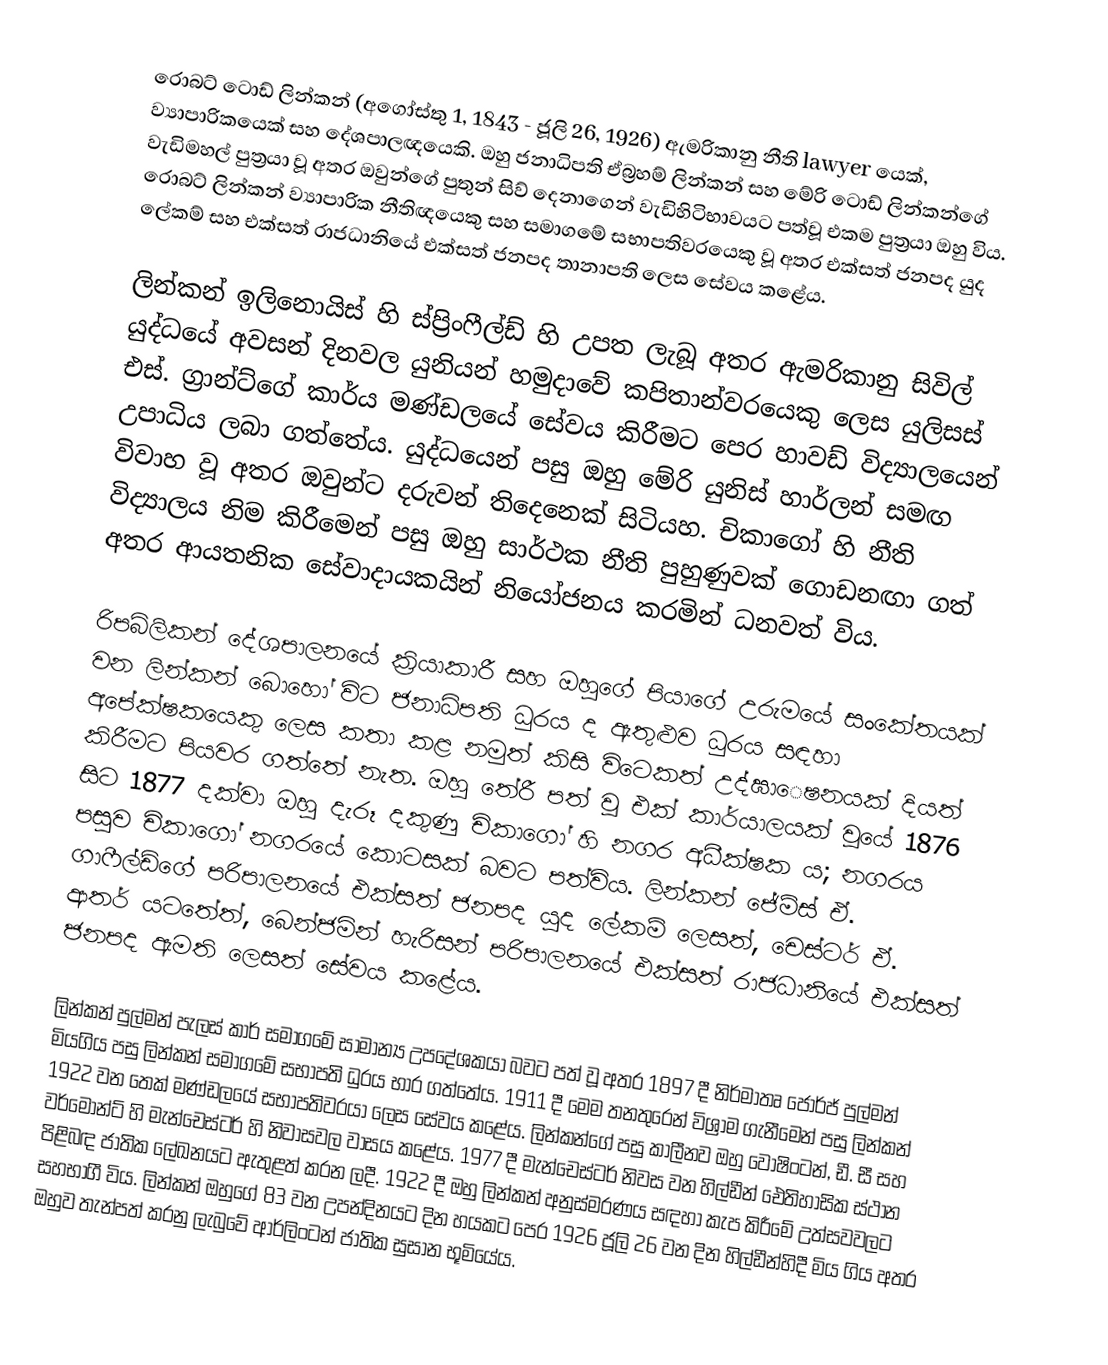
රොබට් ටොඩ් ලින්කන් (අගෝස්තු 1, 1843 - ජූලි 26, 1926) ඇමරිකානු නීති lawyer යෙක්, ව්‍යාපාරිකයෙක් සහ දේශපාලඥයෙකි. ඔහු ජනාධිපති ඒබ්‍රහම් ලින්කන් සහ මේරි ටොඩ් ලින්කන්ගේ වැඩිමහල් පුත්‍රයා වූ අතර ඔවුන්ගේ පුතුන් සිව් දෙනාගෙන් වැඩිහිටිභාවයට පත්වූ එකම පුත්‍රයා ඔහු විය. රොබට් ලින්කන් ව්‍යාපාරික නීතිඥයෙකු සහ සමාගමේ සභාපතිවරයෙකු වූ අතර එක්සත් ජනපද යුද ලේකම් සහ එක්සත් රාජධානියේ එක්සත් ජනපද තානාපති ලෙස සේවය කළේය.

ලින්කන් ඉලිනොයිස් හි ස්ප්‍රිංෆීල්ඩ් හි උපත ලැබූ අතර ඇමරිකානු සිවිල් යුද්ධයේ අවසන් දිනවල යුනියන් හමුදාවේ කපිතාන්වරයෙකු ලෙස යුලිසස් එස්. ග්‍රාන්ට්ගේ කාර්ය මණ්ඩලයේ සේවය කිරීමට පෙර හාවඩ් විද්‍යාලයෙන් උපාධිය ලබා ගත්තේය. යුද්ධයෙන් පසු ඔහු මේරි යුනිස් හාර්ලන් සමඟ විවාහ වූ අතර ඔවුන්ට දරුවන් තිදෙනෙක් සිටියහ. චිකාගෝ හි නීති විද්‍යාලය නිම කිරීමෙන් පසු ඔහු සාර්ථක නීති පුහුණුවක් ගොඩනඟා ගත් අතර ආයතනික සේවාදායකයින් නියෝජනය කරමින් ධනවත් විය.

රිපබ්ලිකන් දේශපාලනයේ ක්‍රියාකාරී සහ ඔහුගේ පියාගේ උරුමයේ සංකේතයක් වන ලින්කන් බොහෝ විට ජනාධිපති ධුරය ද ඇතුළුව ධුරය සඳහා අපේක්ෂකයෙකු ලෙස කතා කළ නමුත් කිසි විටෙකත් උද්ඝාෙෂනයක් දියත් කිරීමට පියවර ගත්තේ නැත. ඔහු තේරී පත් වූ එක් කාර්යාලයක් වූයේ 1876 සිට 1877 දක්වා ඔහු දැරූ දකුණු චිකාගෝ හි නගර අධීක්ෂක ය; නගරය පසුව චිකාගෝ නගරයේ කොටසක් බවට පත්විය. ලින්කන් ජේම්ස් ඒ. ගාෆීල්ඩ්ගේ පරිපාලනයේ එක්සත් ජනපද යුද ලේකම් ලෙසත්, චෙස්ටර් ඒ. ආතර් යටතේත්, බෙන්ජමින් හැරිසන් පරිපාලනයේ එක්සත් රාජධානියේ එක්සත් ජනපද ඇමති ලෙසත් සේවය කළේය.

ලින්කන් පුල්මන් පැලස් කාර් සමාගමේ සාමාන්‍ය උපදේශකයා බවට පත් වූ අතර 1897 දී නිර්මාතෘ ජෝර්ජ් පුල්මන් මියගිය පසු ලින්කන් සමාගමේ සභාපති ධුරය භාර ගත්තේය. 1911 දී මෙම තනතුරෙන් විශ්‍රාම ගැනීමෙන් පසු ලින්කන් 1922 වන තෙක් මණ්ඩලයේ සභාපතිවරයා ලෙස සේවය කළේය. ලින්කන්ගේ පසු කාලීනව ඔහු වොෂිංටන්, ඩී. සී සහ වර්මොන්ට් හි මැන්චෙස්ටර් හි නිවාසවල වාසය කළේය. 1977 දී මැන්චෙස්ටර් නිවස වන හිල්ඩීන් ඓතිහාසික ස්ථාන පිළිබඳ ජාතික ලේඛනයට ඇතුළත් කරන ලදී. 1922 දී ඔහු ලින්කන් අනුස්මරණය සඳහා කැප කිරීමේ උත්සවවලට සහභාගී විය. ලින්කන් ඔහුගේ 83 වන උපන්දිනයට දින හයකට පෙර 1926 ජූලි 26 වන දින හිල්ඩීන්හිදී මිය ගිය අතර ඔහුව තැන්පත් කරනු ලැබුවේ ආර්ලිංටන් ජාතික සුසාන භූමියේය.